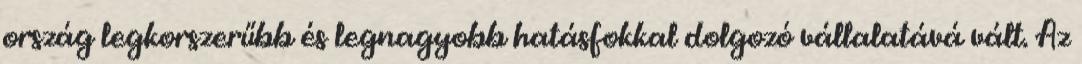
ország legkorszerűbb és legnagyobb hatásfokkal dolgozó vállalatává vált. Az